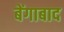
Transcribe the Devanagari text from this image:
बेंगाबाद